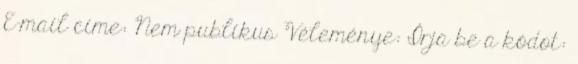
E-mail címe: Nem publikus Véleménye: Írja be a kódot: